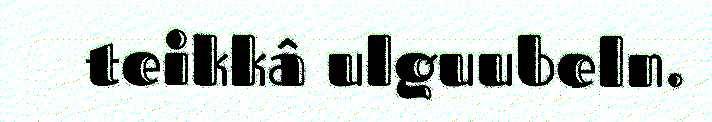
teikkâ ulguubeln.